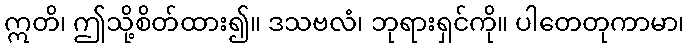
ဣတိ၊ ဤသို့စိတ်ထား၍။ ဒသဗလံ၊ ဘုရားရှင်ကို။ ပါတေတုကာမာ၊